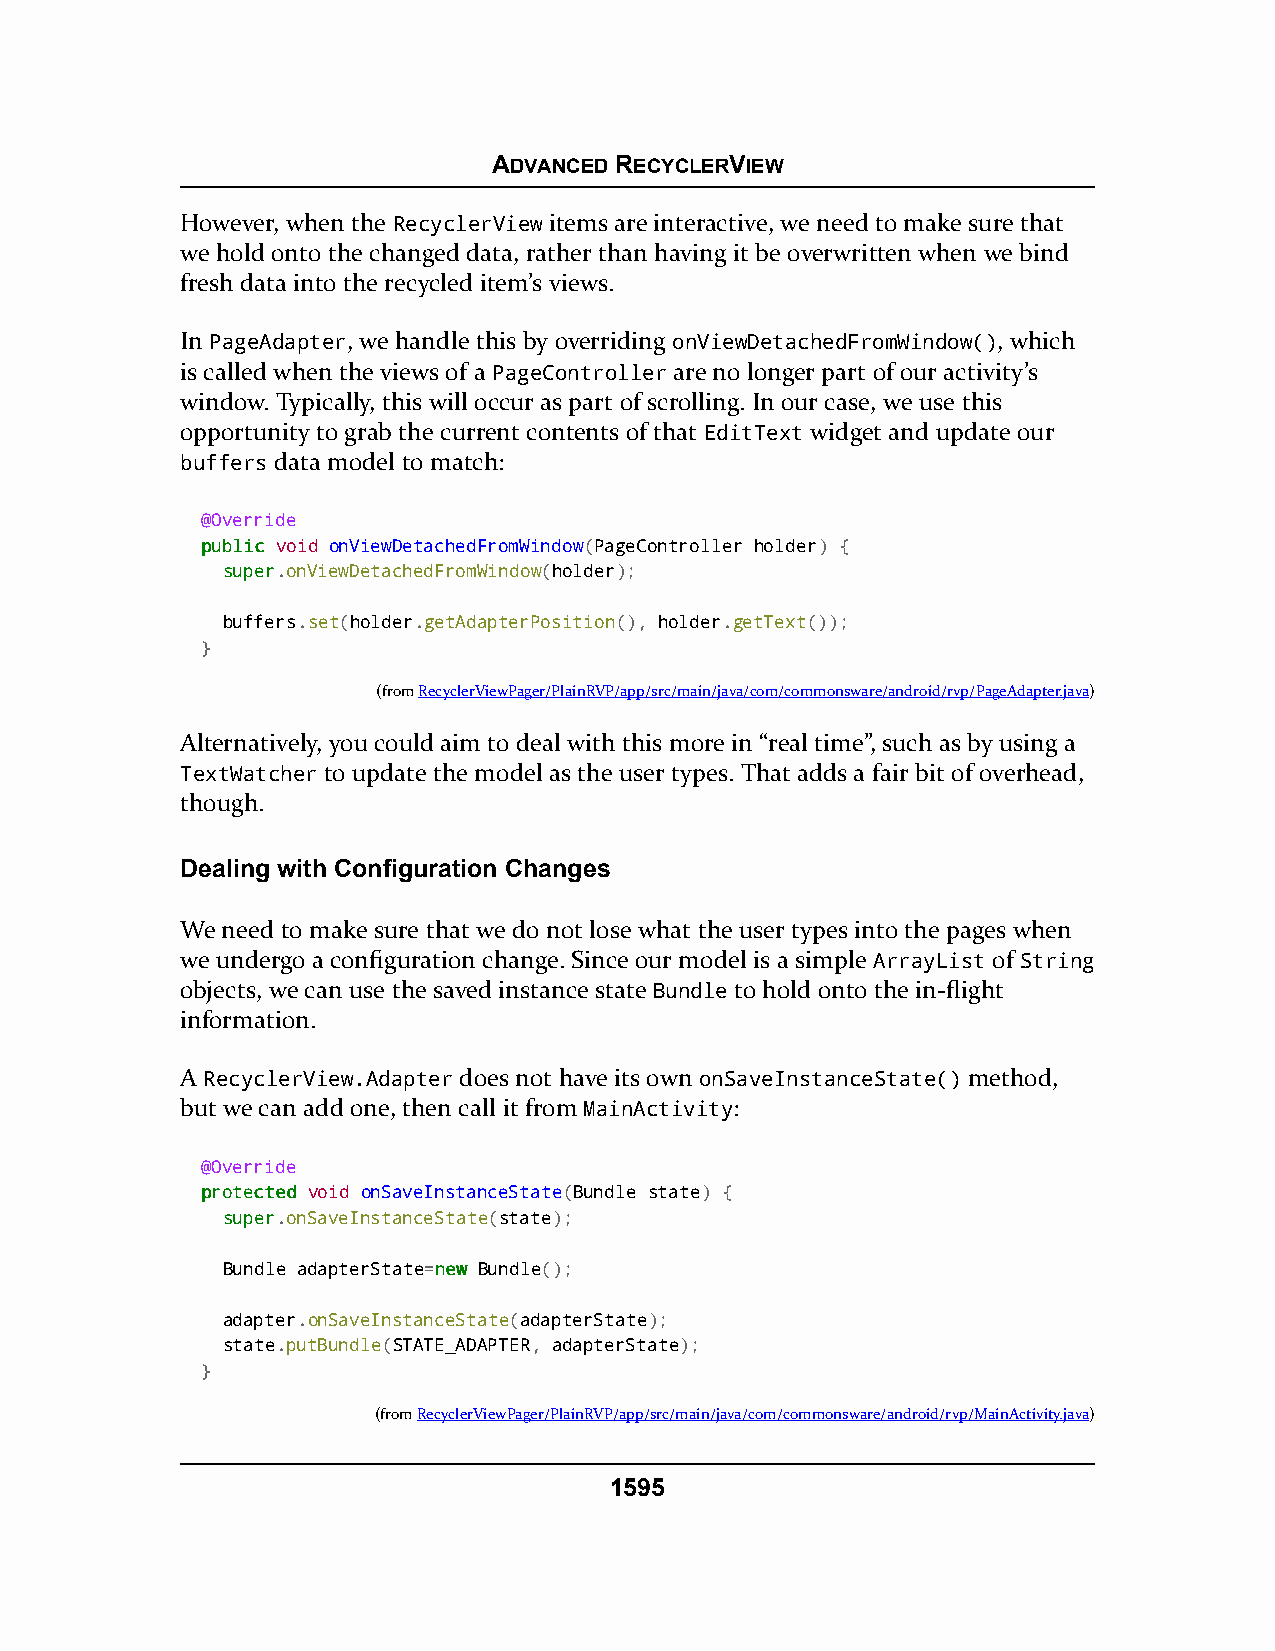
ADVANCED RECYCLERVIEW
 However, when the RecyclerView items are interactive, we need to make sure that
 we hold onto the changed data, rather than having it be overwritten when we bind
 fresh data into the recycled item’s views.
 In PageAdapter, we handle this by overriding onViewDetachedFromWindow(), which
 is called when the views of a PageController are no longer part of our activity’s
 window. Typically, this will occur as part of scrolling. In our case, we use this
 opportunity to grab the current contents of that EditText widget and update our
 buffers data model to match:
 @Override
 ppuubblliicc void onViewDetachedFromWindow(PageController holder) {
 ssuuppeerr.onViewDetachedFromWindow(holder);
 buffers.set(holder.getAdapterPosition(), holder.getText());
 }
 (fromRecyclerViewPager/PlainRVP/app/src/main/java/com/commonsware/android/rvp/PageAdapter.java)
 Alternatively, you could aim to deal with this more in “real time”, such as by using a
 TextWatcher to update the model as the user types. That adds a fair bit of overhead,
 though.
 Dealing with Configuration Changes
 We need to make sure that we do not lose what the user types into the pages when
 we undergo a configuration change. Since our model is a simple ArrayList of String
 objects, we can use the saved instance state Bundle to hold onto the in-flight
 information.
 A RecyclerView.Adapter does not have its own onSaveInstanceState() method,
 but we can add one, then call it from MainActivity:
 @Override
 pprrootteecctteedd void onSaveInstanceState(Bundle state) {
 ssuuppeerr.onSaveInstanceState(state);
 Bundle adapterState=nneeww Bundle();
 adapter.onSaveInstanceState(adapterState);
 state.putBundle(STATE_ADAPTER, adapterState);
 }
 (fromRecyclerViewPager/PlainRVP/app/src/main/java/com/commonsware/android/rvp/MainActivity.java)
 1595